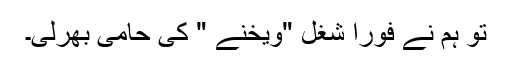
تو ہم نے فورا شغل "ویخنے " کی حامی بھرلی۔